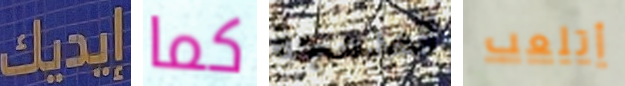
إيديك كما المدمجة أتلعب